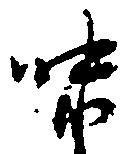
味